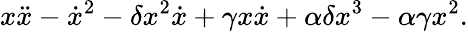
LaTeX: x\ddot{x}-\dot{x}^{2}-\delta x^{2}\dot{x}+\gamma x\dot{x}+\alpha\delta x^{3}-\alpha\gamma x^{2}.